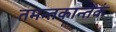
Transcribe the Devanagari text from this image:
तमन्तकान्तकं